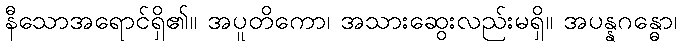
နီသောအရောင်ရှိ၏။ အပူတိကော၊ အသားဆွေးလည်းမရှိ။ အပန္နဂန္ဓော၊